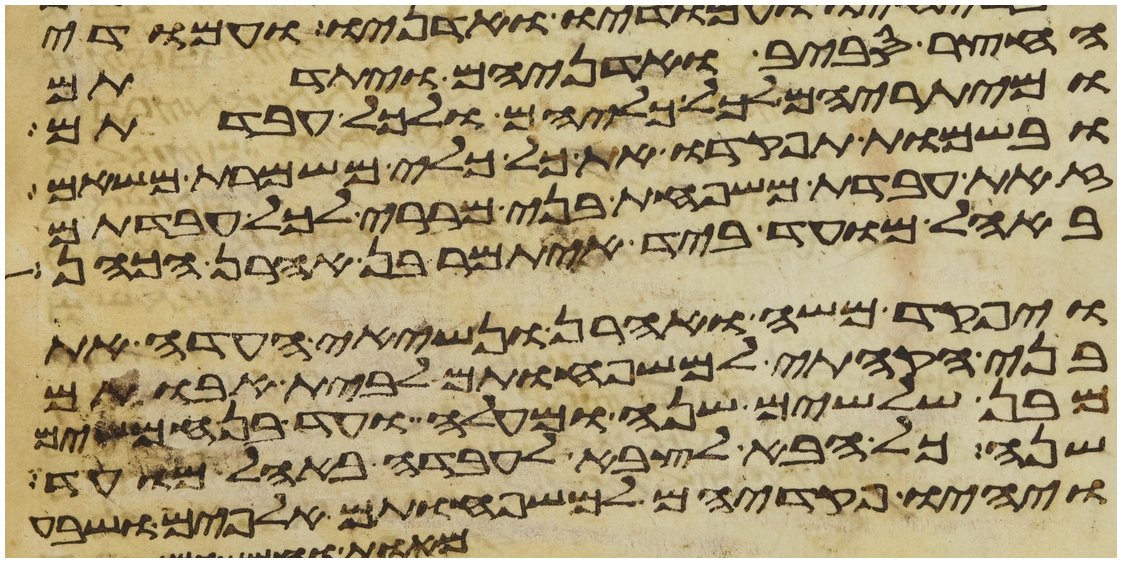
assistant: החצר סביב ואדניהם ויתדתם
ומיתריהם לכל כליהם ולכל עבדתם
ובשמות תפקדו את כל כלי משמרת משאם
זאת עבדת משפחת בני מררי לכל עבדתם
באהל מועד ביד איתמר בן אהרן הכהן
ויפקד משה ואהרן ונשיאי העדה את
בני הקהתי למשפחותם לבית אבותם
מבן שלשים שנה ומעלה ועד בן חמשים
שנה כל הבא לצבא לעבדה באהל מועד
ויהיו פקדיהם למשפחותם אלפים ושבע